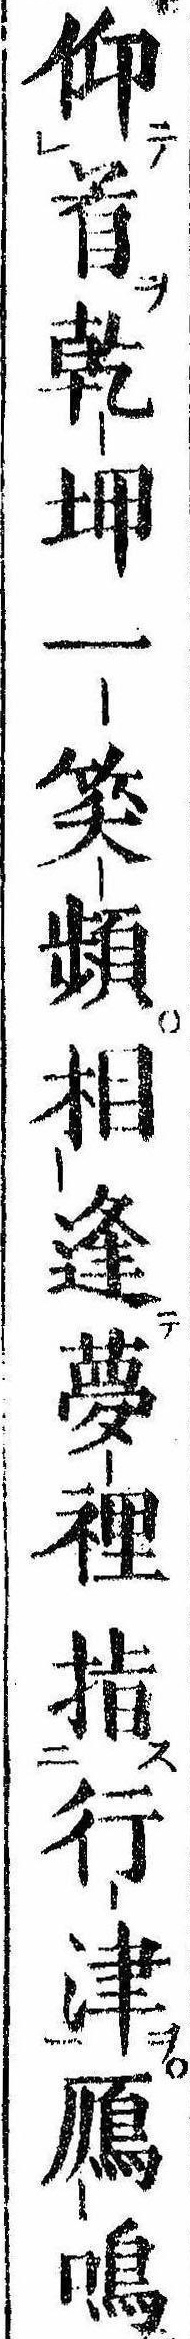
仰首乾坤一笑頻相逢夢裏指行津雁鳴